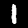
Digit: 1